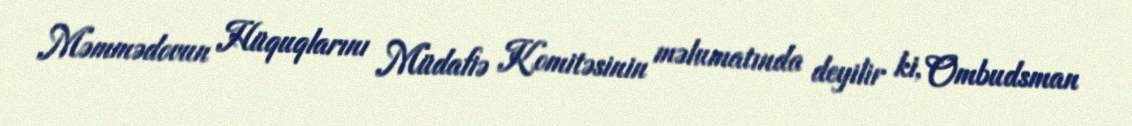
Məmmədovun Hüquqlarını Müdafiə Komitəsinin məlumatında deyilir ki, Ombudsman